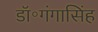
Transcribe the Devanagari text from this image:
डॉ॰गंगासिंह